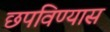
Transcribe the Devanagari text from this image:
छपविण्यास